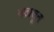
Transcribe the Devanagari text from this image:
मठातून